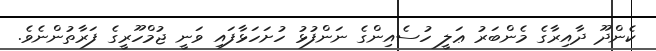
ކެންދޫ ދާއިރާގެ މެންބަރު ޢަލީ ހުސެއިންގެ ނަންފުޅު ހުށަހަޅާފައި ވަނީ ޖުމްހޫރީގެ ފަރާތުންނެވެ.